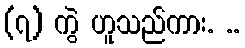
(၇) ကွဲ ဟူသည်ကား. ..